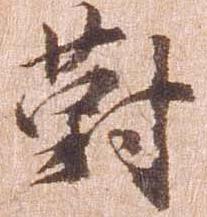
対